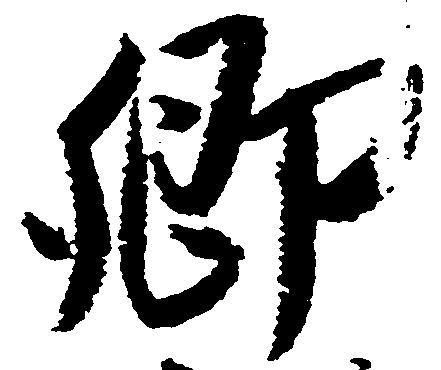
郷